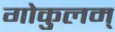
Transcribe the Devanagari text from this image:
गोकुलम्